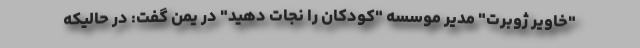
"خاویر ژوبرت" مدیر موسسه "کودکان را نجات دهید" در یمن گفت: در حالیکه